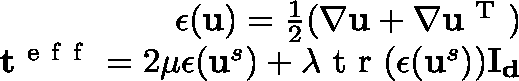
\begin{array} { r } { \mathbf { \epsilon } ( \mathbf { u } ) = \frac { 1 } { 2 } ( \nabla \mathbf { u } + \nabla \mathbf { u } ^ { \mathrm { ~ T ~ } } ) } \\ { \mathbf { t } ^ { \mathrm { ~ e ~ f ~ f ~ } } = 2 \mu \mathbf { \epsilon } ( \mathbf { u } ^ { s } ) + \lambda \mathrm { ~ t ~ r ~ } ( \mathbf { \epsilon } ( \mathbf { u } ^ { s } ) ) \mathbf { I _ { d } } } \end{array}